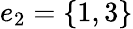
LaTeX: e_{2}=\{ 1,3\}